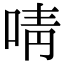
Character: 啨